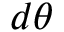
d \theta